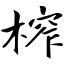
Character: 榨